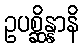
ဥပစ္ဆိန္နာနိ